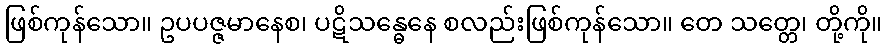
ဖြစ်ကုန်သော။ ဥပပဇ္ဇမာနေစ၊ ပဋိသန္ဓေနေ စလည်းဖြစ်ကုန်သော။ တေ သတ္တေ၊ တို့ကို။